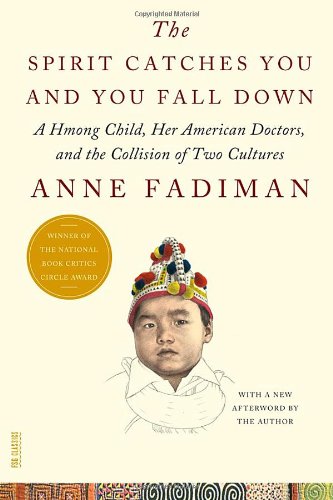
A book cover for The Spirit Catches You and You Fall Down: A Hmong Child, Her American Doctors, and the Collision of Two Cultures (FSG Classics); Anne Fadiman; Parenting & Relationships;